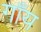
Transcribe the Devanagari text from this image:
गाँय